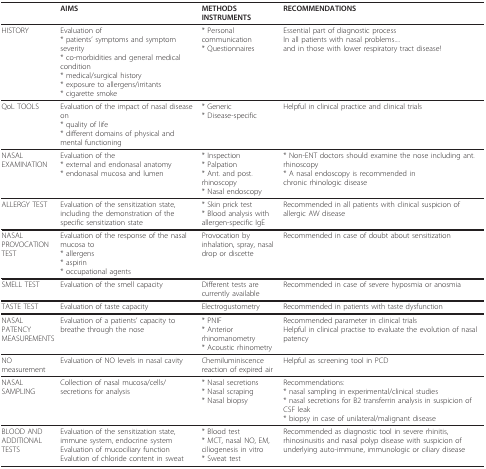
<table><thead><tr><td></td><td><b>AIMS</b></td><td><b>METHODS INSTRUMENTS</b></td><td><b>RECOMMENDATIONS</b></td></tr></thead><tbody><tr><td>HISTORY</td><td>Evaluation of* patients&#x27; symptoms and symptom severity* co-morbidities and general medical condition* medical/surgical history* exposure to allergens/irritants* cigarette smoke</td><td>* Personal communication* Questionnaires</td><td>Essential part of diagnostic processIn all patients with nasal problems....and in those with lower respiratory tract disease!</td></tr><tr><td>QoL TOOLS</td><td>Evaluation of the impact of nasal disease on* quality of life* different domains of physical and mental functioning</td><td>* Generic* Disease-specific</td><td>Helpful in clinical practice and clinical trials</td></tr><tr><td>NASAL EXAMINATION</td><td>Evaluation of the* external and endonasal anatomy* endonasal mucosa and lumen</td><td>* Inspection* Palpation* Ant. and post. rhinoscopy* Nasal endoscopy</td><td>* Non-ENT doctors should examine the nose including ant. rhinoscopy* A nasal endoscopy is recommended inchronic rhinologic disease</td></tr><tr><td>ALLERGY TEST</td><td>Evaluation of the sensitization state, including the demonstration of the specific sensitization state</td><td>* Skin prick test* Blood analysis with allergen-specific IgE</td><td>Recommended in all patients with clinical suspicion of allergic AW disease</td></tr><tr><td>NASAL PROVOCATION TEST</td><td>Evaluation of the response of the nasal mucosa to* allergens* aspirin* occupational agents</td><td>Provocation by inhalation, spray, nasal drop or discette</td><td>Recommended in case of doubt about sensitization</td></tr><tr><td>SMELL TEST</td><td>Evaluation of the smell capacity</td><td>Different tests are currently available</td><td>Recommended in case of severe hyposmia or anosmia</td></tr><tr><td>TASTE TEST</td><td>Evaluation of taste capacity</td><td>Electrogustometry</td><td>Recommended in patients with taste dysfunction</td></tr><tr><td>NASAL PATENCY MEASUREMENTS</td><td>Evaluation of a patients&#x27; capacity to breathe through the nose</td><td>* PNIF* Anterior rhinomanometry* Acoustic rhinometry</td><td>Recommended parameter in clinical trialsHelpful in clinical practise to evaluate the evolution of nasal patency</td></tr><tr><td>NO measurement</td><td>Evaluation of NO levels in nasal cavity</td><td>Chemiluminiscence reaction of expired air</td><td>Helpful as screening tool in PCD</td></tr><tr><td>NASAL SAMPLING</td><td>Collection of nasal mucosa/cells/secretions for analysis</td><td>* Nasal secretions* Nasal scraping* Nasal biopsy</td><td>Recommendations:* nasal sampling in experimental/clinical studies* nasal secretions for B2 transferrin analysis in suspicion of CSF leak* biopsy in case of unilateral/malignant disease</td></tr><tr><td>BLOOD AND ADDITIONAL TESTS</td><td>Evaluation of the sensitization state, immune system, endocrine systemEvaluation of mucociliary functionEvalution of chloride content in sweat</td><td>* Blood test* MCT, nasal NO, EM, ciliogenesis in vitro* Sweat test</td><td>Recommended as diagnostic tool in severe rhinitis, rhinosinusitis and nasal polyp disease with suspicion of underlying auto-immune, immunologic or ciliary disease</td></tr></tbody></table>